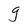
Character: g